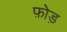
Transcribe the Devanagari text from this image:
फ़ोड़